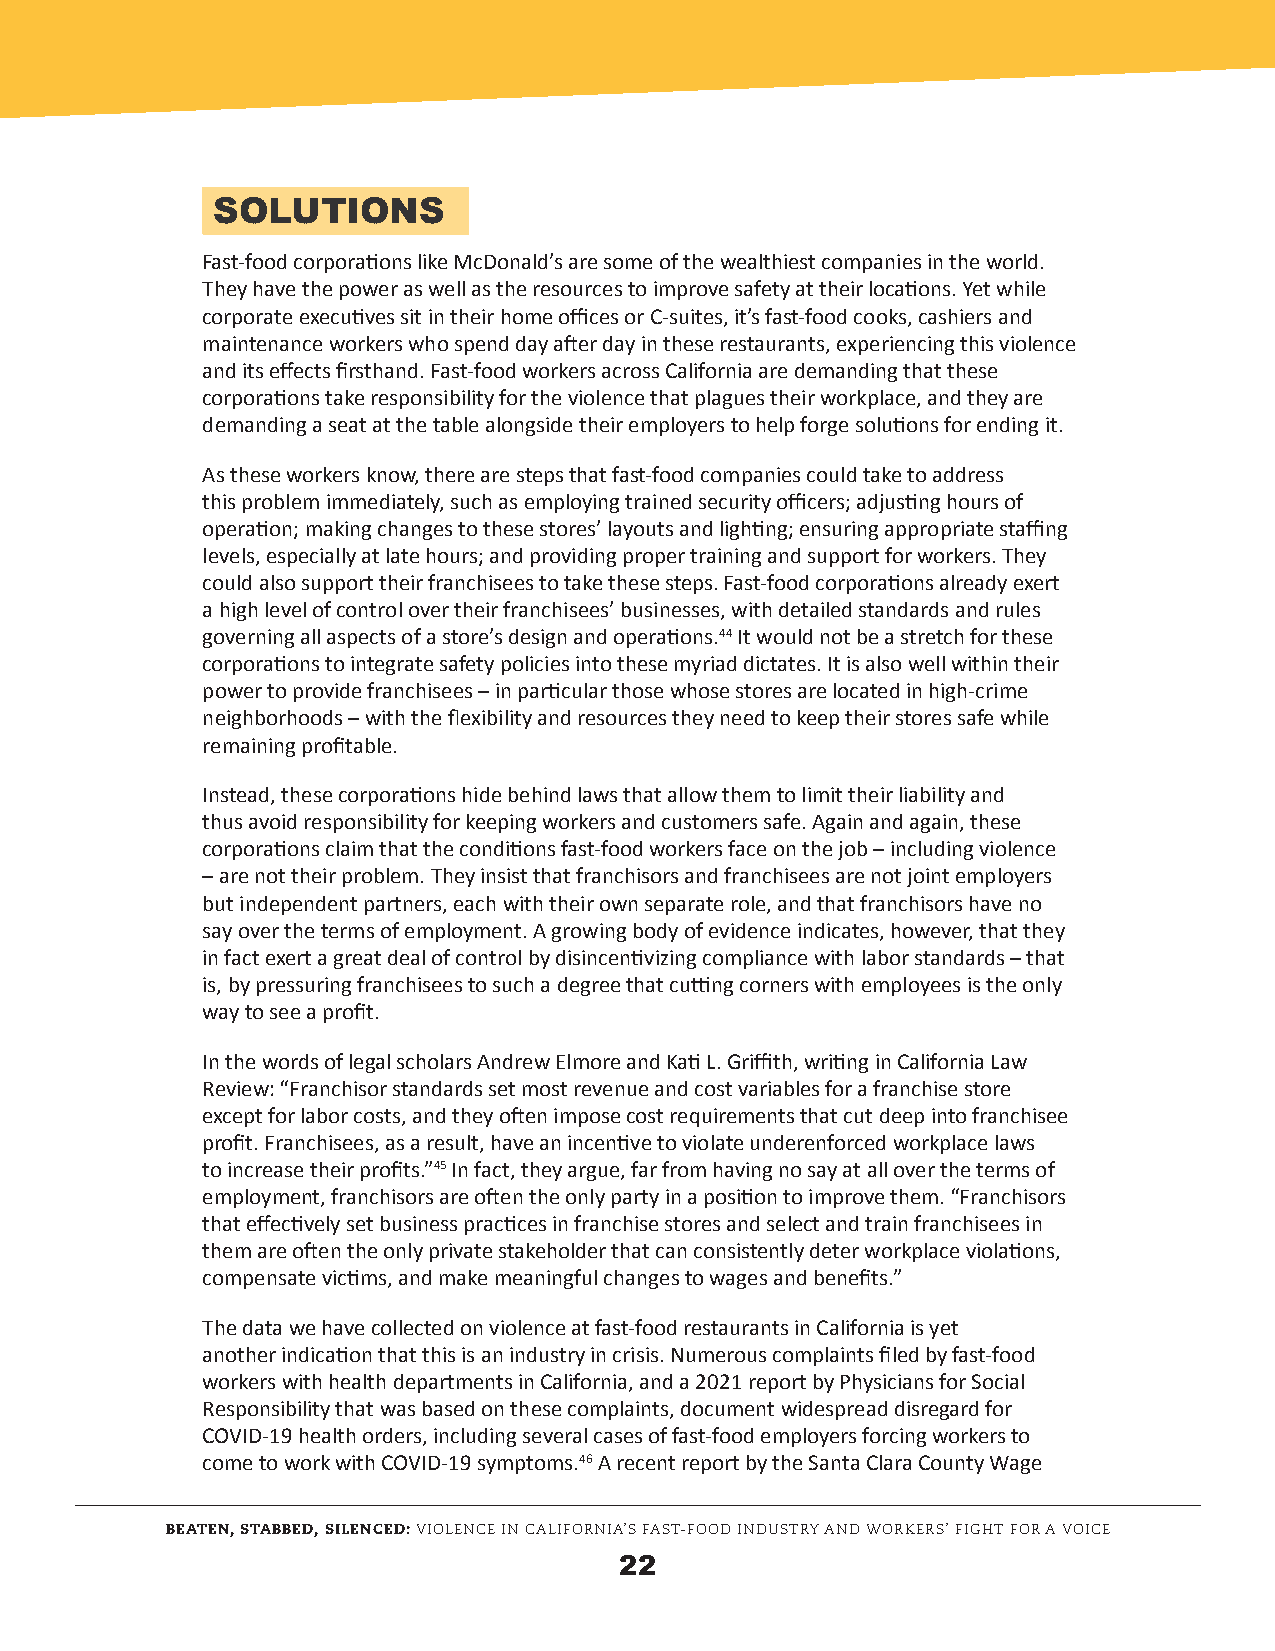
SOLUTIONS
 Fast-food corporations like McDonald’s are some of the wealthiest companies in the world.
 They have the power as well as the resources to improve safety at their locations. Yet while
 corporate executives sit in their home offices or C-suites, it’s fast-food cooks, cashiers and
 maintenance workers who spend day after day in these restaurants, experiencing this violence
 and its effects firsthand. Fast-food workers across California are demanding that these
 corporations take responsibility for the violence that plagues their workplace, and they are
 demanding a seat at the table alongside their employers to help forge solutions for ending it.
 As these workers know, there are steps that fast-food companies could take to address
 this problem immediately, such as employing trained security officers; adjusting hours of
 operation; making changes to these stores’ layouts and lighting; ensuring appropriate staffing
 levels, especially at late hours; and providing proper training and support for workers. They
 could also support their franchisees to take these steps. Fast-food corporations already exert
 a high level of control over their franchisees’ businesses, with detailed standards and rules
 governing all aspects of a store’s design and operations.44 It would not be a stretch for these
 corporations to integrate safety policies into these myriad dictates. It is also well within their
 power to provide franchisees – in particular those whose stores are located in high-crime
 neighborhoods – with the flexibility and resources they need to keep their stores safe while
 remaining profitable.
 Instead, these corporations hide behind laws that allow them to limit their liability and
 thus avoid responsibility for keeping workers and customers safe. Again and again, these
 corporations claim that the conditions fast-food workers face on the job – including violence
 – are not their problem. They insist that franchisors and franchisees are not joint employers
 but independent partners, each with their own separate role, and that franchisors have no
 say over the terms of employment. A growing body of evidence indicates, however, that they
 in fact exert a great deal of control by disincentivizing compliance with labor standards – that
 is, by pressuring franchisees to such a degree that cutting corners with employees is the only
 way to see a profit.
 In the words of legal scholars Andrew Elmore and Kati L. Griffith, writing in California Law
 Review: “Franchisor standards set most revenue and cost variables for a franchise store
 except for labor costs, and they often impose cost requirements that cut deep into franchisee
 profit. Franchisees, as a result, have an incentive to violate underenforced workplace laws
 to increase their profits.”45 In fact, they argue, far from having no say at all over the terms of
 employment, franchisors are often the only party in a position to improve them. “Franchisors
 that effectively set business practices in franchise stores and select and train franchisees in
 them are often the only private stakeholder that can consistently deter workplace violations,
 compensate victims, and make meaningful changes to wages and benefits.”
 The data we have collected on violence at fast-food restaurants in California is yet
 another indication that this is an industry in crisis. Numerous complaints filed by fast-food
 workers with health departments in California, and a 2021 report by Physicians for Social
 Responsibility that was based on these complaints, document widespread disregard for
 COVID-19 health orders, including several cases of fast-food employers forcing workers to
 come to work with COVID-19 symptoms.46 A recent report by the Santa Clara County Wage
 BEATEN, STABBED, SILENCED: VIOLENCE IN CALIFORNIA’S FAST-FOOD INDUSTRY AND WORKERS’ FIGHT FOR A VOICE
 22